Jaan_Tonisson_(Lasteleht), lk 460
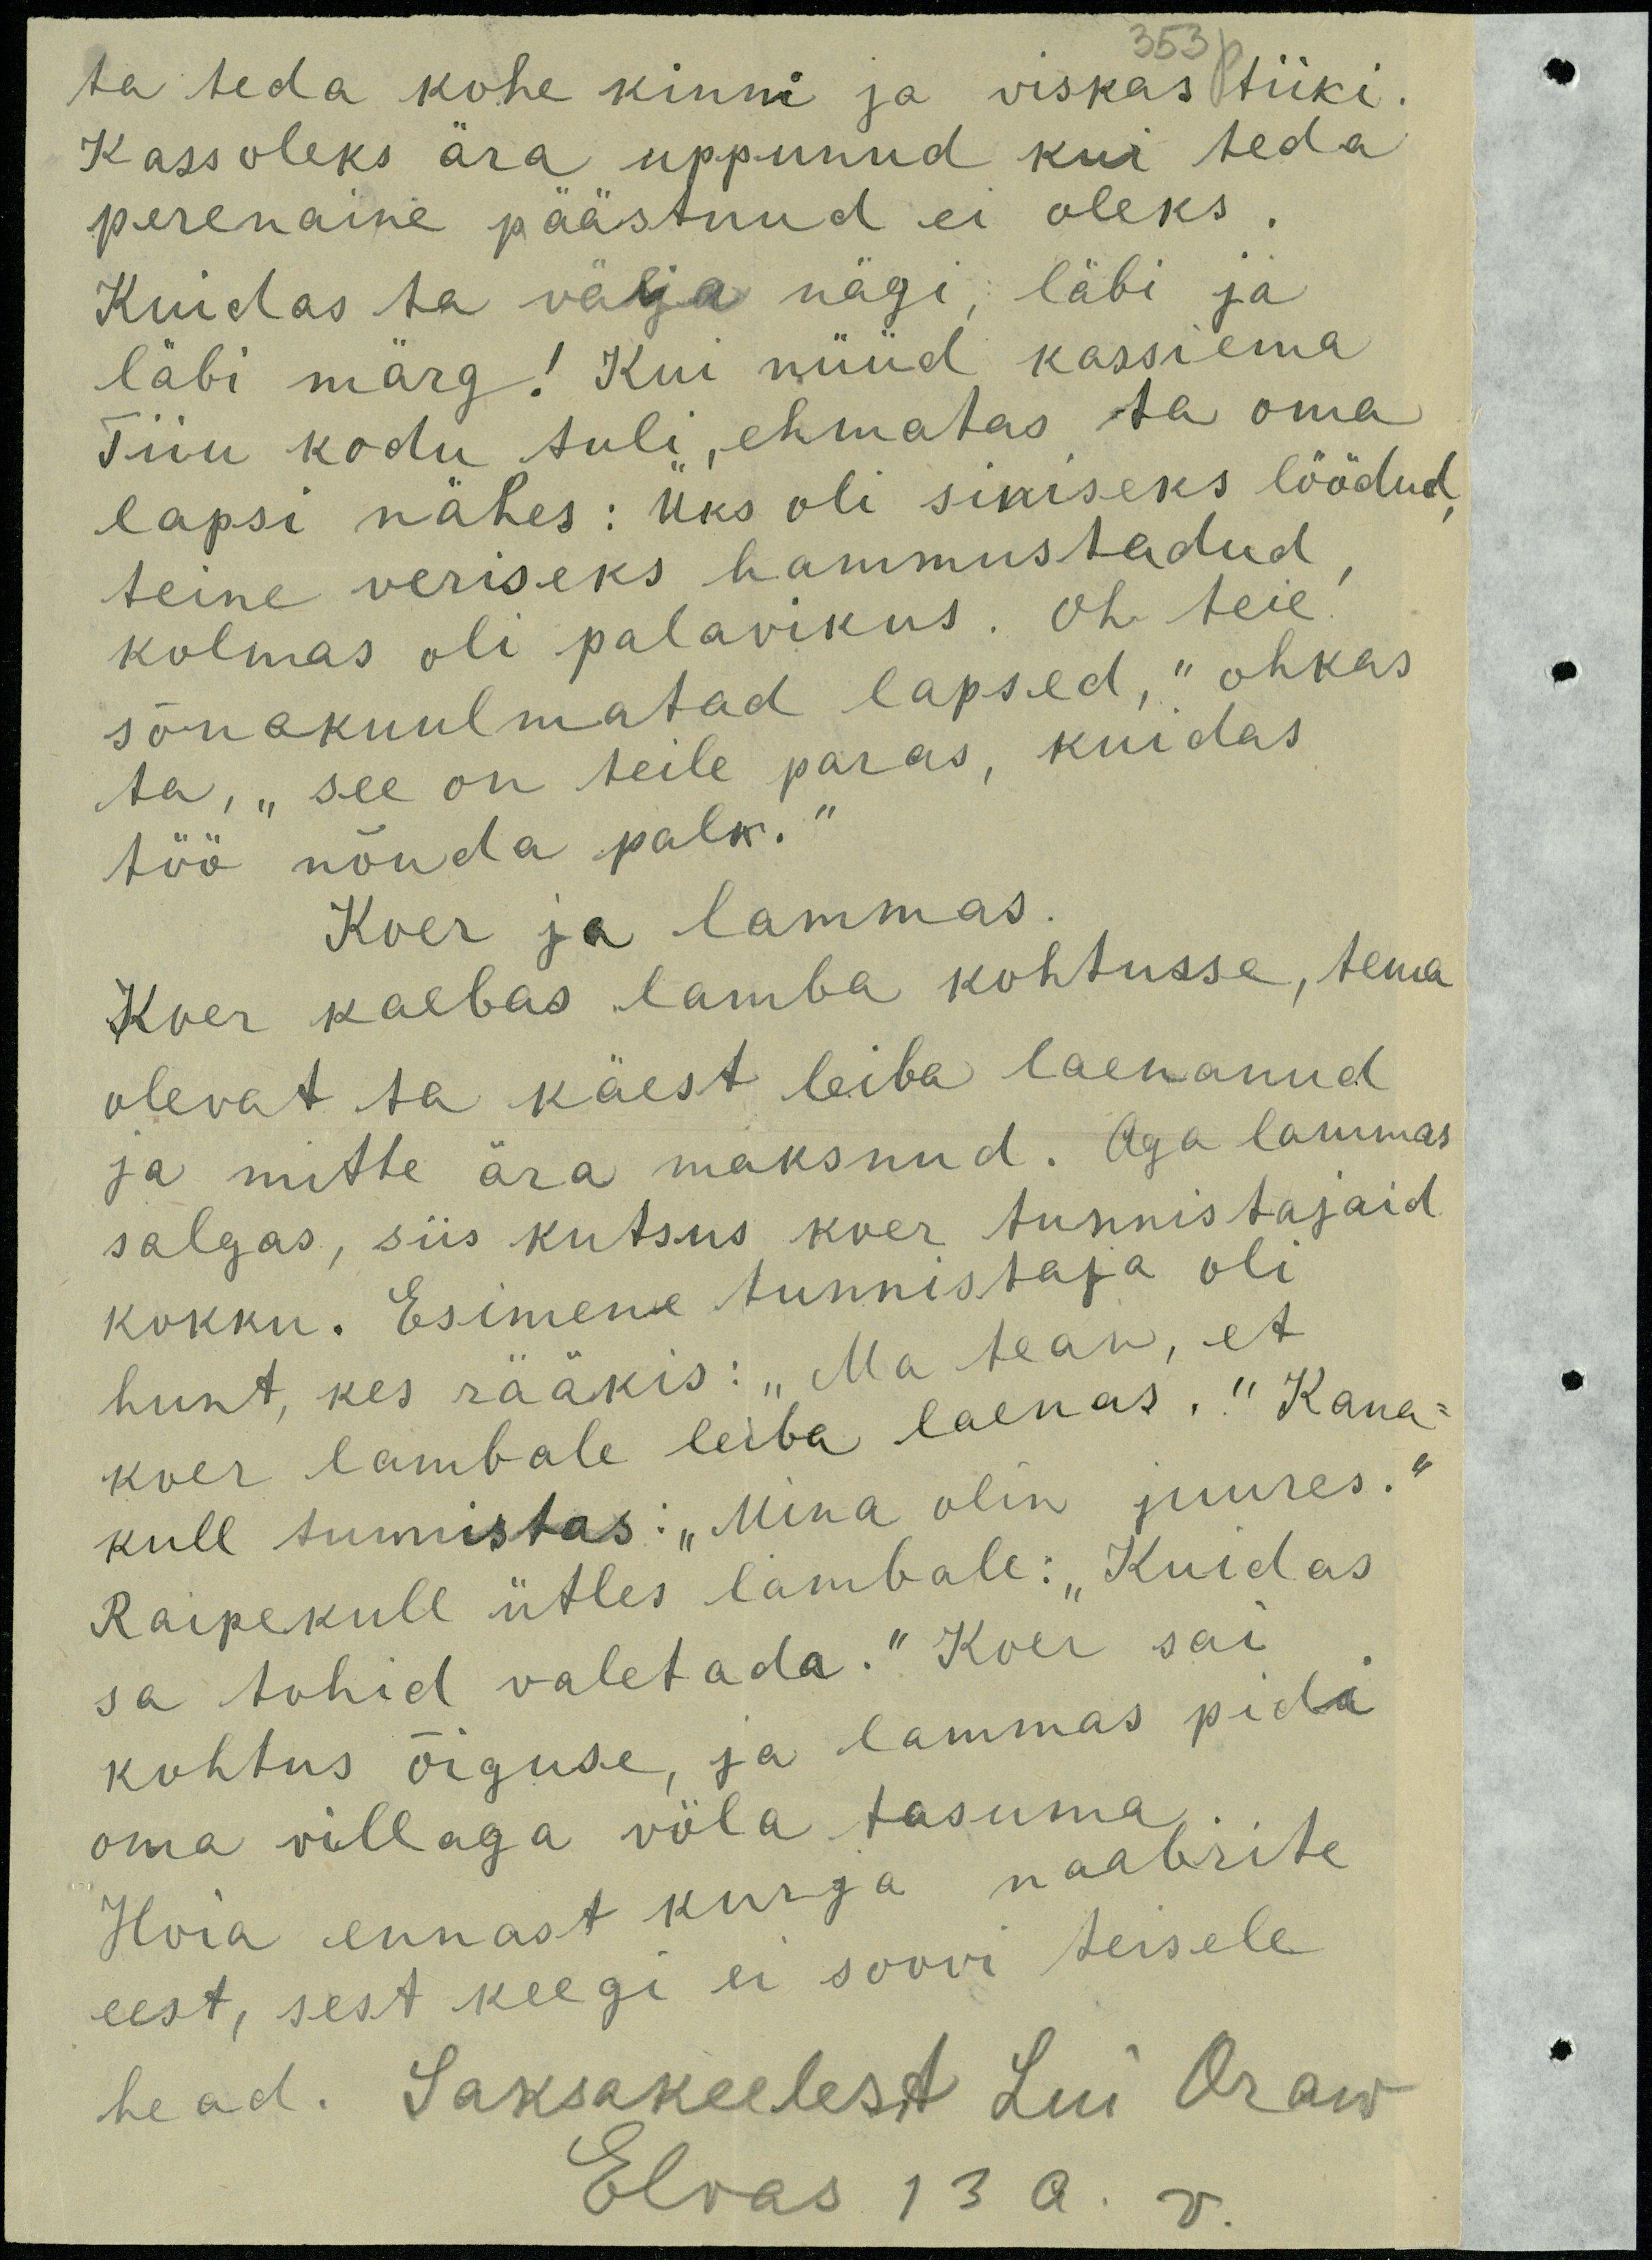
353 p.
ta teda kohe kinni ja viskas tiiki.
Kass oleks ära uppunud kui teda
perenaine päästnud ei oleks.
Kuidas ta välja nägi, läbi ja
läbi märg! Kui nüüd kassiema
Tiiu kodu tuli, ehmatas ta oma
lapsi nähes: üks oli siniseks löödud,
teine veriseks hammustadud,
kolmas oli palavikus. Oh teie
sõnakuulmatad lapsed, "ohkas
ta, „see on teile paras, kuidas
töö nõnda palk.“
Koer ja lammas.
Koer kaebas lamba kohtusse, tema
olevat ta käest leiba laenanud
ja mitte ära maksnud. Aga lammas
salgas, siis kutsus koer tunnistajaid
kokku. Esimene tunnistaja oli
hunt, kes rääkis: "Ma tean, et
koer lambale leiba laenas." Kana-
kull tunnistas: "Mina olin juures."
Raipekull ütles lambale: "Kuidas
sa tohid valetada." Koer sai
kohtus õiguse, ja lammas pidi
oma villaga võla tasuma.
Hoia ennast kurja naabrite
eest, sest keegi ei soovi teisele
head. Saksakeelest Lui Oraw
Elvas 13 a. v.